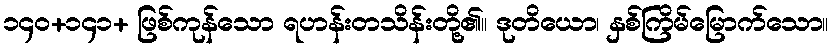
၁၄၀+၁၄၁+ ဖြစ်ကုန်သော ရဟန်းတသိန်းတို့၏။ ဒုတိယော၊ နှစ်ကြိမ်မြောက်သော။